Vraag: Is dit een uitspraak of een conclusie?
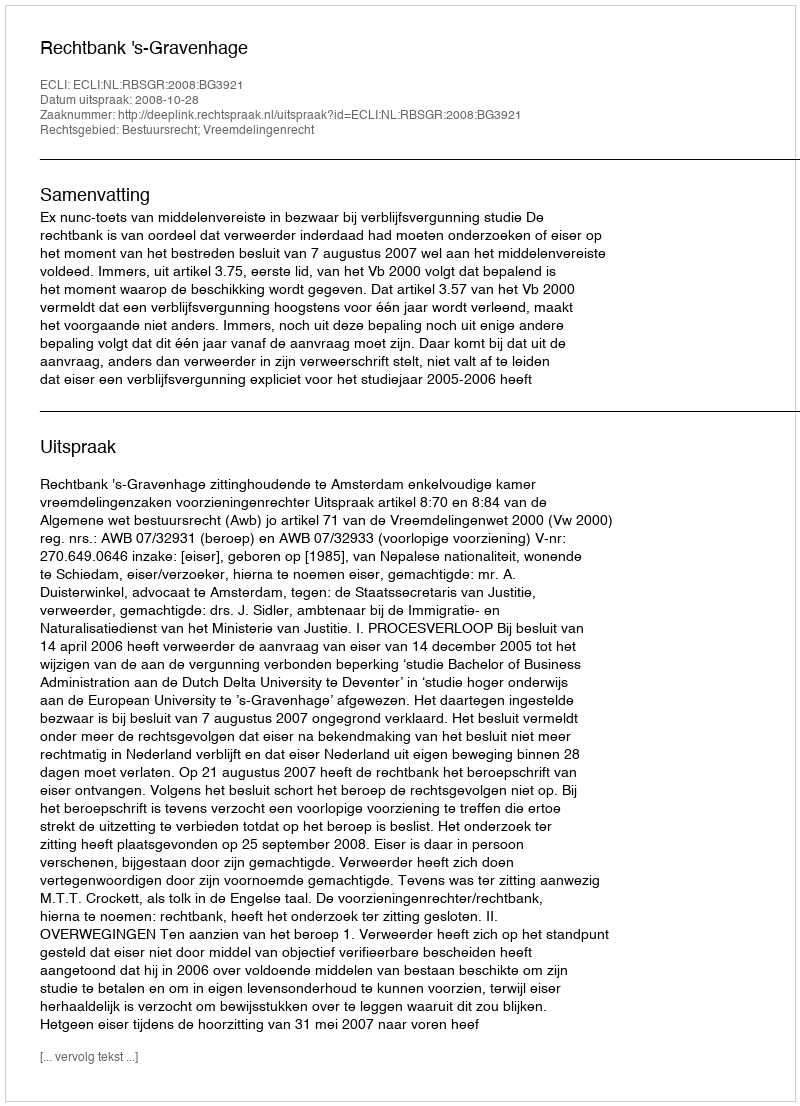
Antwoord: Uitspraak